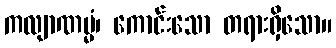
ကလျာဏမ္မံ၊ ကောင်းသော တရားရှိသော။